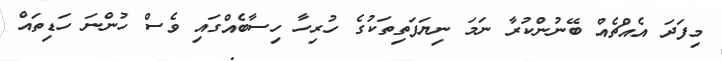
މިފަދަ އެއްޗެއް ބޭނުންކުރާ ނަމަ ނިޔަފަތިތަކުގެ ހުރިހާ ހިސާބެއްގައި ވެސް ހުންނަ ހަޑިތައް